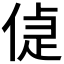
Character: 偼